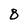
Character: 8